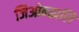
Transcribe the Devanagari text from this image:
जिओन्खलि